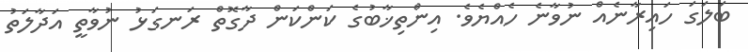
ބަލަގަ ހައިރާނެއް ނުވާނެ ހެއްޔެވެ. އިންތިޚާބުގެ ކަންކަން ދާގޮތް ރަނގަޅު ނުވާތީ އަދާލަތު